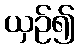
ယှဉ်၍